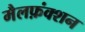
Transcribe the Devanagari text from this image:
मैलफ़ंक्शन